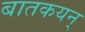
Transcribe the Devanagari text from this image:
बातकयन्